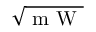
\sqrt { \mathrm { ~ m ~ W ~ } }